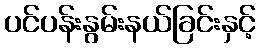
ပင်ပန်းနွမ်းနယ်ခြင်းနှင့်